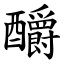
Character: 釂